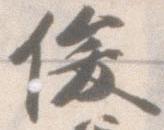
俊